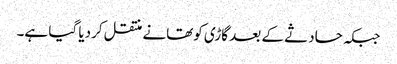
جبکہ حادثے کے بعد گاڑی کوتھانے منتقل کردیا گیا ہے۔